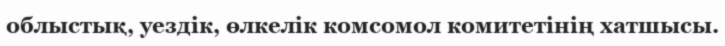
облыстық, уездік, өлкелік комсомол комитетінің хатшысы.